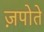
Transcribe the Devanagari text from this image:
ज़पोते